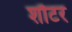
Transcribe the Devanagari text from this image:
शौटर